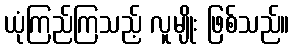
ယုံကြည်ကြသည့် လူမျိုး ဖြစ်သည်။